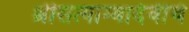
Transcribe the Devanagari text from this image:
श्रीसत्याम्बादेवीचे